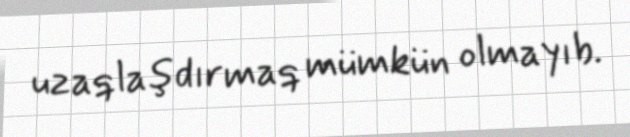
uzaqlaşdırmaq mümkün olmayıb.